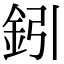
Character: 鈏